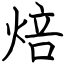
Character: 焙